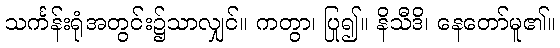
သင်္ကန်းရုံအတွင်း၌သာလျှင်။ ကတွာ၊ ပြု၍။ နိသီဒိ၊ နေတော်မူ၏။